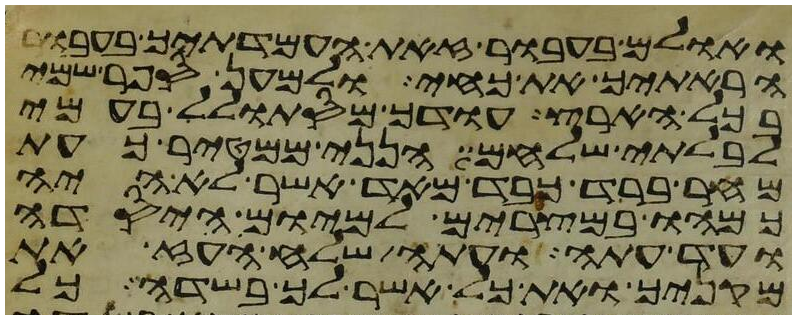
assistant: ואולם בעבור זאת העמדתיך בעבור
הראתיך את כחי ולמען ספר שמי
בכל הארץ עודך מסתולל בעמי
לבלתי שלחם הנני ממטיר כעת
מחר ברד כבד מאד אשר לא היה
כמהו במצרים למיום היסדה
ועד עתה ועתה שלח העז את
מקניך ואת כל אשר לך בשדה כל